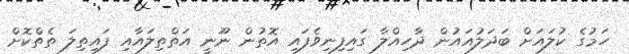
ހަމުގެ ކުލައަށް ބަދަލުއައުން ދާހިއްލާ ގައިފިނިވެފައި އޮތުން ނޫނީ އަތްތިލައާއި ފައިތިލަ ތެތްކޮށް